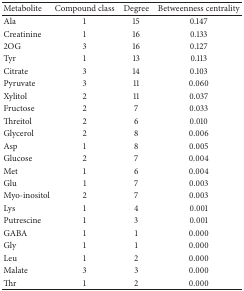
<table><thead><tr><td><b>Metabolite</b></td><td><b>Compound class</b></td><td><b>Degree</b></td><td><b>Betweenness centrality</b></td></tr></thead><tbody><tr><td>Ala</td><td>1</td><td>15</td><td>0.147</td></tr><tr><td>Creatinine</td><td>1</td><td>16</td><td>0.133</td></tr><tr><td>2OG</td><td>3</td><td>16</td><td>0.127</td></tr><tr><td>Tyr</td><td>1</td><td>13</td><td>0.113</td></tr><tr><td>Citrate</td><td>3</td><td>14</td><td>0.103</td></tr><tr><td>Pyruvate</td><td>3</td><td>11</td><td>0.060</td></tr><tr><td>Xylitol</td><td>2</td><td>11</td><td>0.037</td></tr><tr><td>Fructose</td><td>2</td><td>7</td><td>0.033</td></tr><tr><td>Threitol</td><td>2</td><td>6</td><td>0.010</td></tr><tr><td>Glycerol</td><td>2</td><td>8</td><td>0.006</td></tr><tr><td>Asp</td><td>1</td><td>8</td><td>0.005</td></tr><tr><td>Glucose</td><td>2</td><td>7</td><td>0.004</td></tr><tr><td>Met</td><td>1</td><td>6</td><td>0.004</td></tr><tr><td>Glu</td><td>1</td><td>7</td><td>0.003</td></tr><tr><td>Myo-inositol</td><td>2</td><td>7</td><td>0.003</td></tr><tr><td>Lys</td><td>1</td><td>4</td><td>0.001</td></tr><tr><td>Putrescine</td><td>1</td><td>3</td><td>0.001</td></tr><tr><td>GABA</td><td>1</td><td>1</td><td>0.000</td></tr><tr><td>Gly</td><td>1</td><td>1</td><td>0.000</td></tr><tr><td>Leu</td><td>1</td><td>2</td><td>0.000</td></tr><tr><td>Malate</td><td>3</td><td>3</td><td>0.000</td></tr><tr><td>Thr</td><td>1</td><td>2</td><td>0.000</td></tr></tbody></table>